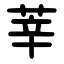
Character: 莘